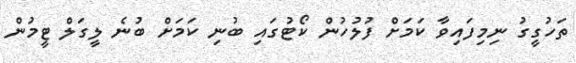
ތަހުގީގު ނިމިފައިވާ ކަމަށް ފުލުހުން ކޯޓުގައި ބުނި ކަމަށް ބުނެ ލީގަލް ޓީމުން